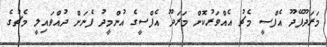
މަރަދޫފޭދޫ އެފްސީ މެޗު އެއްވަރުކޮށް މަރަދޫ އެފްސީގެ އުންމީދު ފެނަށް ދުއްވައިލީ މެޗުގެ